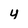
Character: u